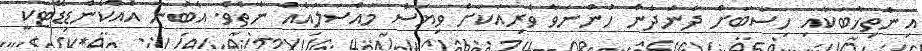
އިންތިޚާބަކާއި ހިސާބަށް ދާންދެން ހުންނަވާ ވެރިއަކަށް ވިޔަސް މައްސަލައެއް ނެތެވެ. އެބުނާ އެއްކެންޑިޑޭޓަކީ